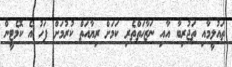
ތައުލީމާއި ތަޖުރިބާ އާއި ނަޒާހަތްތެރި ކަމަށް ރިޔާއަތް ކުރުމަށް ފަހު އެ ކޮމެޓީން